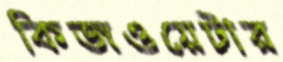
কিজওয়েটার